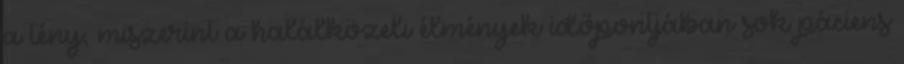
a tény, miszerint a halálközeli élmények időpontjában sok páciens